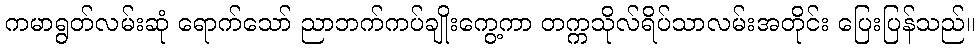
ကမာရွတ်လမ်းဆုံ ရောက်သော် ညာဘက်ကပ်ချိုးကွေ့ကာ တက္ကသိုလ်ရိပ်သာလမ်းအတိုင်း ပြေးပြန်သည်။